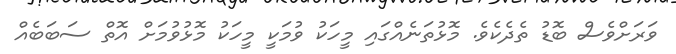
ވަރަށްވެސް ބޮޑު ތެދެކެވެ. މޮޅުތަނެއްގައި މީހަކު ވުމަކީ މީހަކު މޮޅުވުމަށް އޮތް ސަބަބެއް